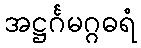
အဋ္ဌင်္ဂမဂ္ဂဓရံ